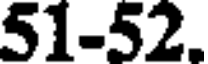
51-52.